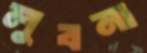
লুবনা